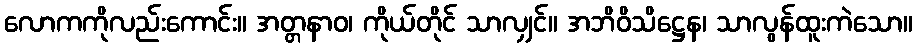
လောကကိုလည်းကောင်း။ အတ္တနာဝ၊ ကိုယ်တိုင် သာလျှင်။ အဘိဝိသိဋ္ဌေန၊ သာလွန်ထူးကဲသော။